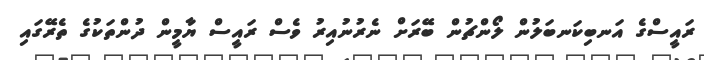
ރައީސްގެ އަނބިކަނބަލުން ލޯންޗުން ބޭރަށް ނެރުނުއިރު ވެސް ރައީސް ޔާމީން ދުންތަކުގެ ތެރޭގައި